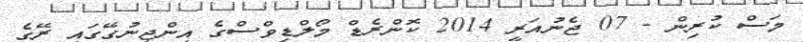
މަސް ކުރިން - 07 ޖެނުއަރީ 2014 ކޮންރެޑް މޯލްޑިވްސްގެ އިންޖީނުގޭގައި ރޭގެ